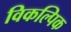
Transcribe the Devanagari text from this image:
विकल्पिक